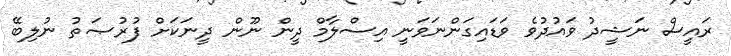
ރައީސް ނަޝީދު ވައުދުވެ ވަޑައިގަންނަވަނީ އިސްލާމް ދީން ނޫން ދީނަކަށް ފުރުޞަތު ނުލިބޭ